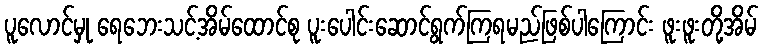
ပူလောင်မှု ရေဘေးသင့်အိမ်ထောင်စု ပူးပေါင်းဆောင်ရွက်ကြရမည်ဖြစ်ပါကြောင်း ဖူးဖူးတို့အိမ်